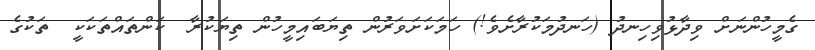
ގެމީހުންނަށް ވިދާޅުވިހިނދު (ހަނދުމަކުރާށެވެ!) ހަމަކަށަވަރުން ތިޔަބައިމީހުން ތިޔަކުރާ  ކަންތައްތަކަކީ  ތަކުގެ